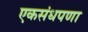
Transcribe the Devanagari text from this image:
एकसंधपणा